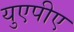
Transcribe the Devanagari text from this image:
युएपीए